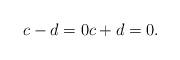
LaTeX: \begin{align*}c-d=0 c+d=0.\end{align*}